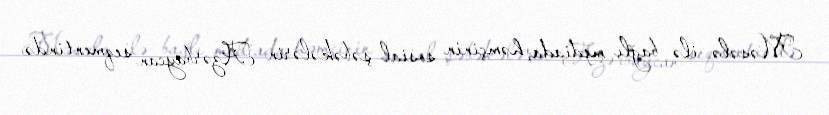
Məsələ ilə bağlı mediada, həmçinin sosial şəbəkələrin Azərbaycan seqmentində